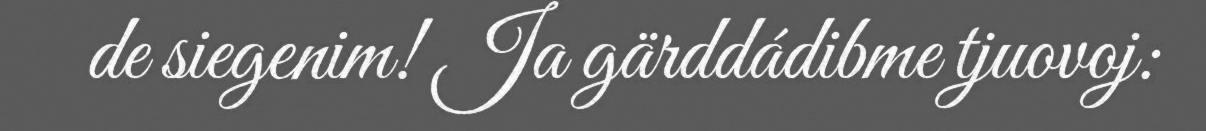
de siegenim! Ja gärddádibme tjuovoj: